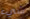
شيء